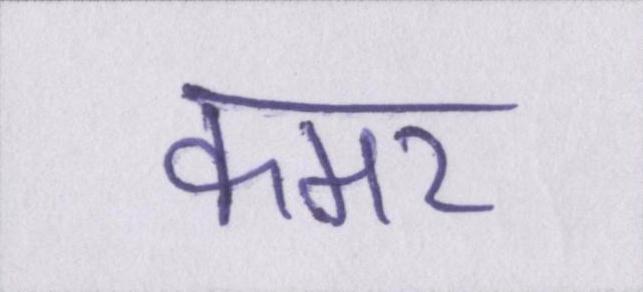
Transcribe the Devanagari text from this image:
कमर